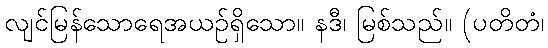
လျင်မြန်သောရေအယဉ်ရှိသော။ နဒီ၊ မြစ်သည်။ (ပတိတံ၊